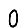
Digit: 0